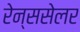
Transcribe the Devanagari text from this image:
रेन्ससेलर